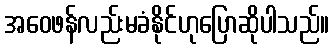
အဝေဖန်လည်းမခံနိုင်ဟုပြောဆိုပါသည်။